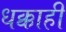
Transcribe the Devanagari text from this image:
धक्काही